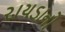
રાયડાનો